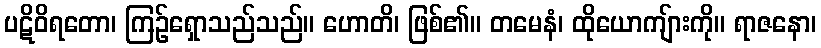
ပဋိဝိရတော၊ ကြဉ်ရှောသည်သည်။ ဟောတိ၊ ဖြစ်၏။ တမေနံ၊ ထိုယောကျ်ားကို။ ရာဇနော၊